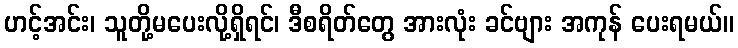
ဟင့်အင်း၊ သူတို့မပေးလို့ရှိရင်၊ ဒီစရိတ်တွေ အားလုံး ခင်ဗျား အကုန် ပေးရမယ်။